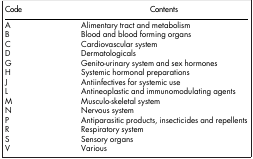
| Code | Contents |
 | --- | --- |
 | A | Alimentary tract and metabolism |
 | B | Blood and blood forming organs |
 | C | Cardiovascular system |
 | D | Dermatologicals |
 | G | Genito-urinary system and sex hormones |
 | H | Systemic hormonal preparations |
 | J | Antiinfectives for systemic use |
 | L | Antineoplastic and immunomodulating agents |
 | M | Musculo-skeletal system |
 | N | Nervous system |
 | P | Antiparasitic products, insecticides and repellents |
 | R | Respiratory system |
 | S | Sensory organs |
 | V | Various |